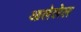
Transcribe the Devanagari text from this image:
आलेलेल